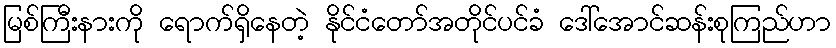
မြစ်ကြီးနားကို ရောက်ရှိနေတဲ့ နိုင်ငံတော်အတိုင်ပင်ခံ ဒေါ်အောင်ဆန်းစုကြည်ဟာ